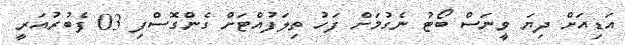
އަޑިއަށް ދިޔަ ވީނަސް ބޯޓު ނެގުމަށް ފަހު ތިލަފުއްޓަށް ގެންގޮސްފި 03 ފެބުރުއަރީ